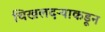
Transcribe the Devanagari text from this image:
चिखलदऱ्याकडून